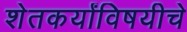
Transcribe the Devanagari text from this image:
शेतकर्यांविषयीचे